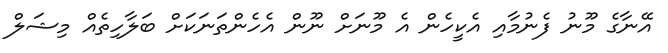
އޭނާގެ މޫނު ފެނުމާއި އެކީހެން އެ މޫނަށް ނޫން އެހެންތަނަކަށް ބަލާހިތެއް މިޝަލް